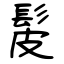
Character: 髲